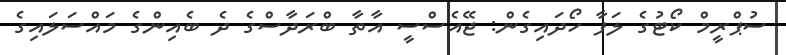
ސުޕްރީމް ކޯޓުގެ ލަފާ ހޯދައިގެން: ޖޭއެސްސީ އާތާ ބްރަދާސްގެ ދެ ބެއިންގެ މައްސަލައިގެ